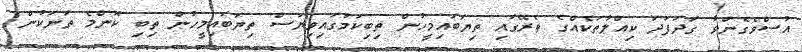
އުސްވެގެންވާ ގަދަފަދަ ކިއްލާތަކެއްގެ ތެރޭގައި ތިޔަބައިމީހުން ތިބިކަމުގައިވިޔަސް ތިޔަބައިމީހުން ތިބި ކޮންމެ ތަނަކުން